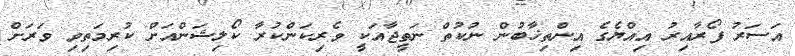
އަސަރު ފޯރާއިރު އިއްޔެގެ އިންތިޚާބުން ނުކުތް ނަތީޖާއަކީ ވެރިކަންކުރާ ކޯލިޝަންއަށް ކުރިމަތިވި ވަރަށް